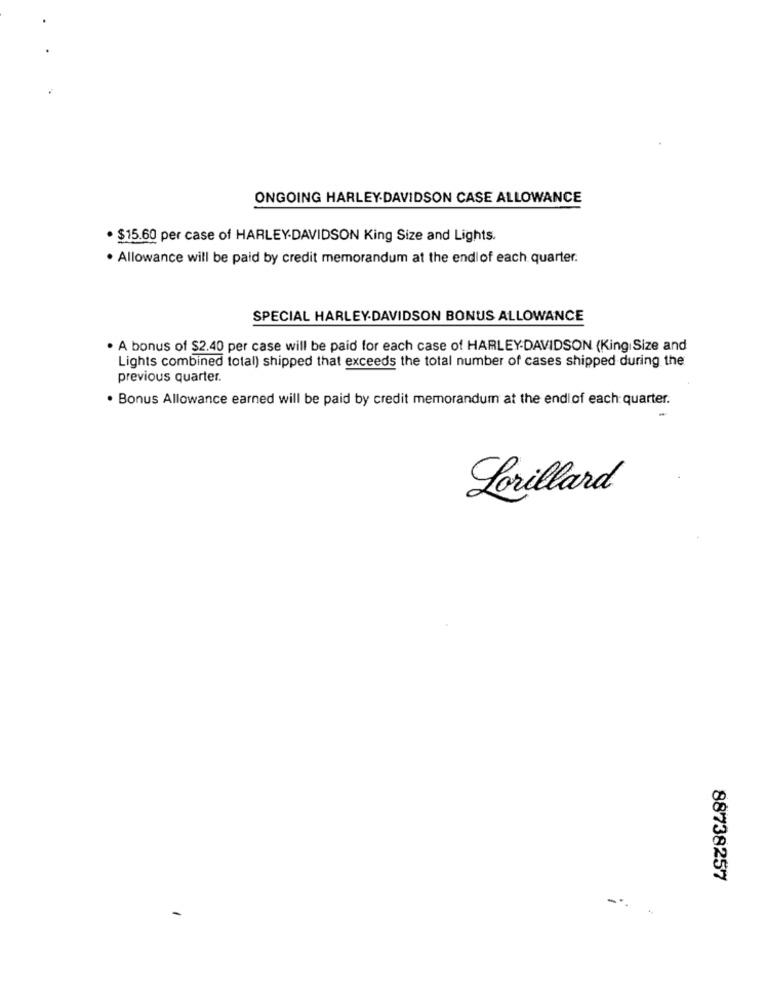
ONGOING HARLEY-DAVIDSON CASE ALLOWANCE
· $15.60 per case of HARLEY-DAVIDSON King Size and Lights.
. Allowance will be paid by credit memorandum at the endlof each quarter.
SPECIAL HARLEY-DAVIDSON BONUS ALLOWANCE
· A bonus of $2.40 per case will be paid for each case of HARLEY-DAVIDSON (King Size and
Lights combined total) shipped that exceeds the total number of cases shipped during the
previous quarter.
. Bonus Allowance earned will be paid by credit memorandum at the endlof each quarter.
Lorillard
88738257